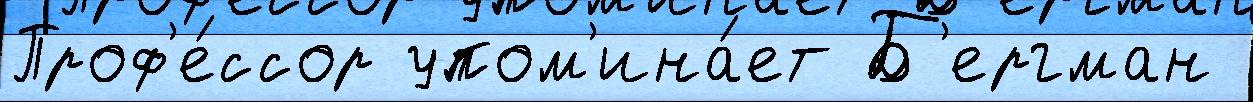
Проф'е́ссор упом'ина́ет Б'ергман